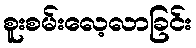
စူးစမ်းလေ့လာခြင်း